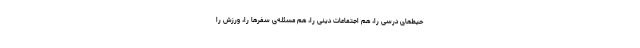
حیط‌های درسی را، هم اجتماعات دینی را، هم مسئله‌ی سفرها را، ورزش را